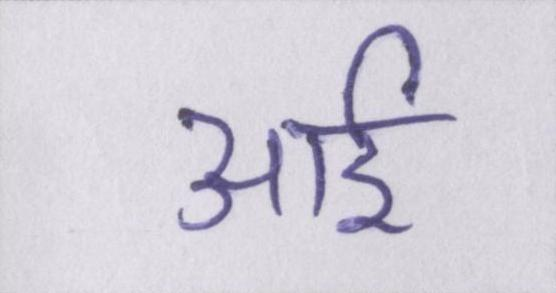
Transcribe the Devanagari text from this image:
आई